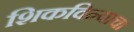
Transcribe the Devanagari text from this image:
शिकविन्याचा